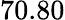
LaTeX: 70.80